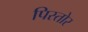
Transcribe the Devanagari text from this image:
पिस्तोर